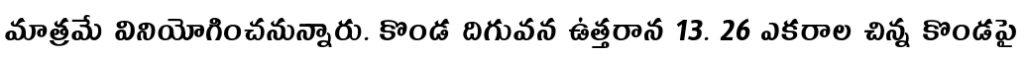
మాత్రమే వినియోగించనున్నారు. కొండ దిగువన ఉత్తరాన 13. 26 ఎకరాల చిన్న కొండపై